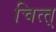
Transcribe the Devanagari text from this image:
चित्त्